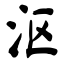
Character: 沤